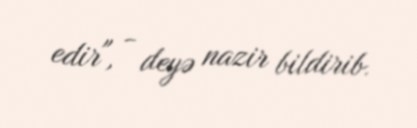
edir", - deyə nazir bildirib.